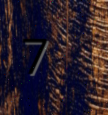
7